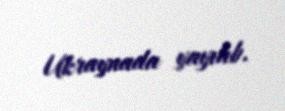
Ukraynada yayılıb.